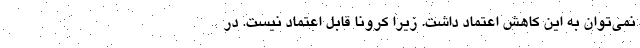
نمی‌توان به این کاهش اعتماد داشت. زیرا کرونا قابل اعتماد نیست. در